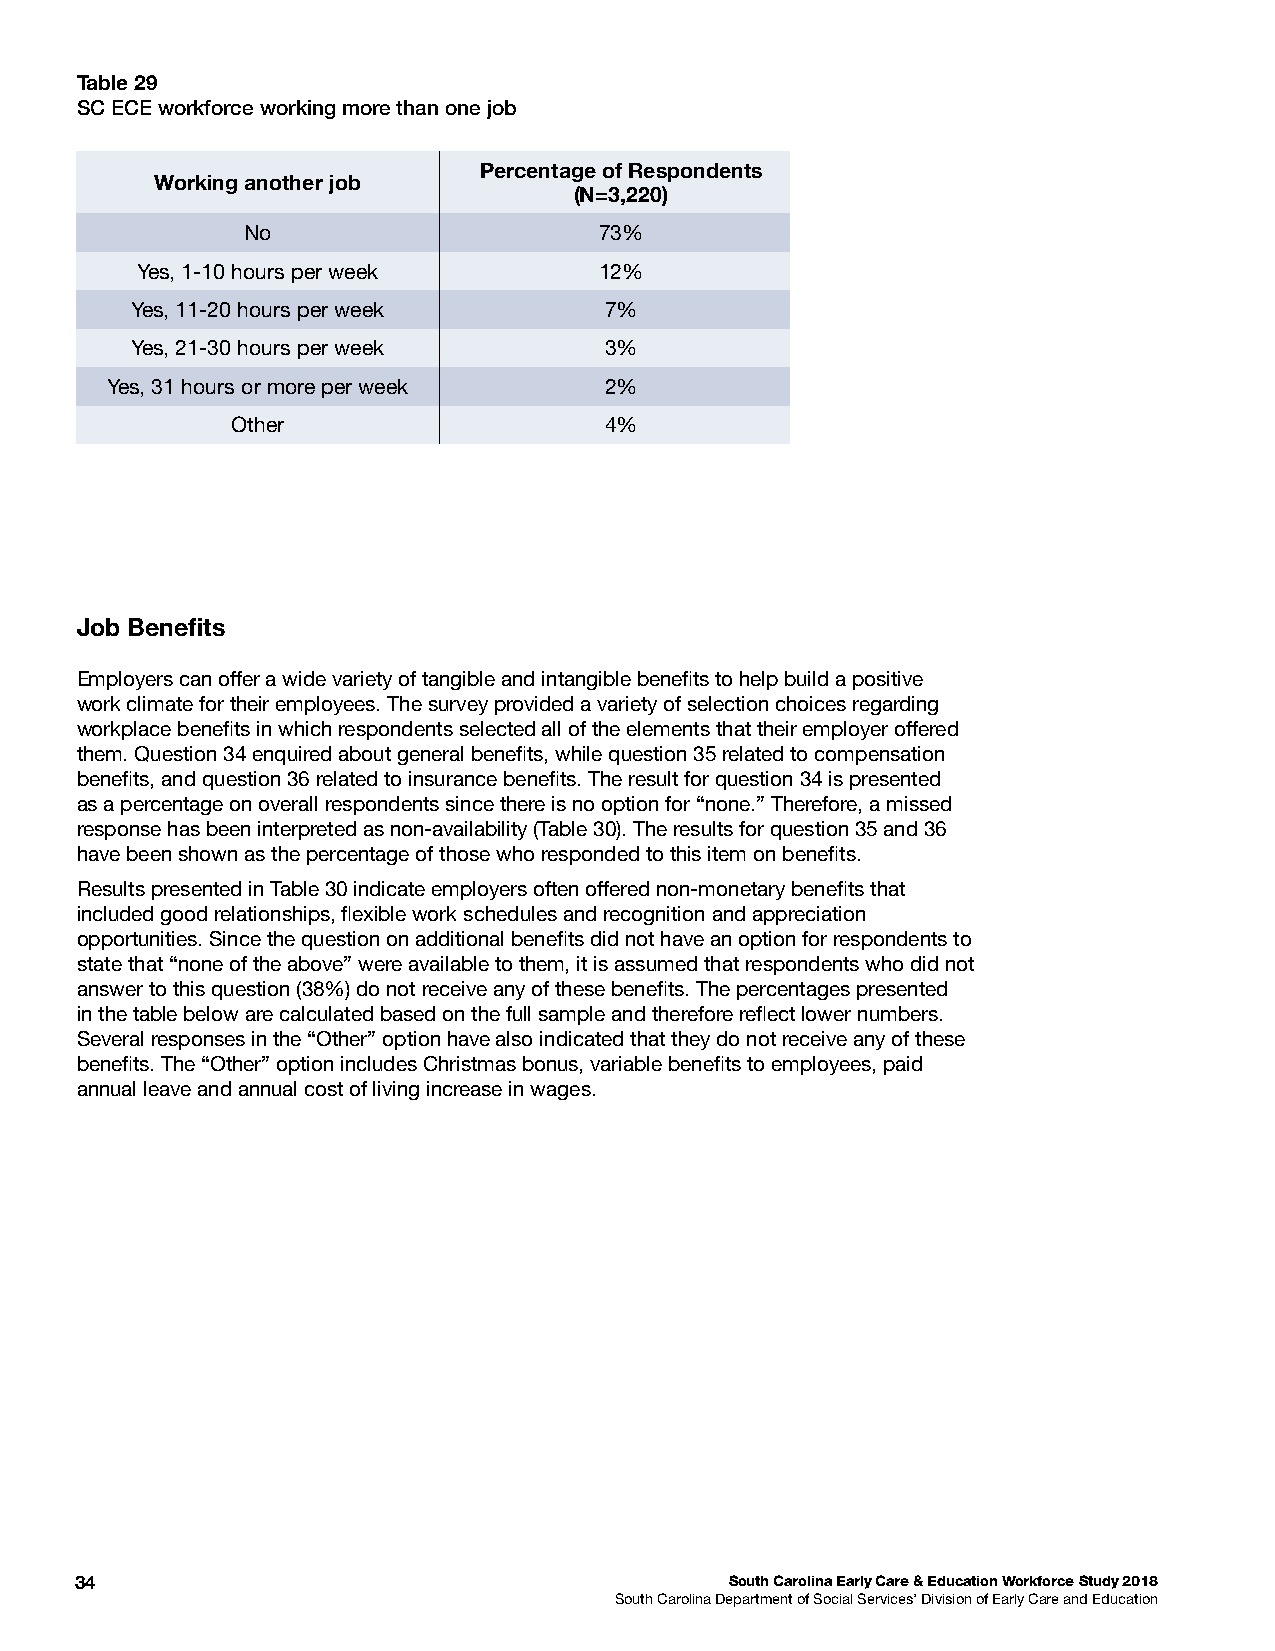
Table 29
 SC ECE workforce working more than one job
 Percentage of Respondents
 Working another job
 (N=3,220)
 No                      73%
 Yes, 1-10 hours per week       12%
 Yes, 11-20 hours per week      7%
 Yes, 21-30 hours per week      3%
 Yes, 31 hours or more per week   2%
 Other                    4%
 Job Benefts
 Employers can offer a wide variety of tangible and intangible benefts to help build a positive
 work climate for their employees. The survey provided a variety of selection choices regarding
 workplace benefts in which respondents selected all of the elements that their employer offered
 them. Question 34 enquired about general benefts, while question 35 related to compensation
 benefts, and question 36 related to insurance benefts. The result for question 34 is presented
 as a percentage on overall respondents since there is no option for “none.” Therefore, a missed
 response has been interpreted as non-availability (Table 30). The results for question 35 and 36
 have been shown as the percentage of those who responded to this item on benefts.
 Results presented in Table 30 indicate employers often offered non-monetary benefts that
 included good relationships, fexible work schedules and recognition and appreciation
 opportunities. Since the question on additional benefts did not have an option for respondents to
 state that “none of the above” were available to them, it is assumed that respondents who did not
 answer to this question (38%) do not receive any of these benefts. The percentages presented
 in the table below are calculated based on the full sample and therefore refect lower numbers.
 Several responses in the “Other” option have also indicated that they do not receive any of these
 benefts. The “Other” option includes Christmas bonus, variable benefts to employees, paid
 annual leave and annual cost of living increase in wages.
 34                                         South Carolina Early Care & Education Workforce Study 2018
 South Carolina Department of Social Services’ Division of Early Care and Education